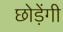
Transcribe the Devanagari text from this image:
छोड़ेंगी